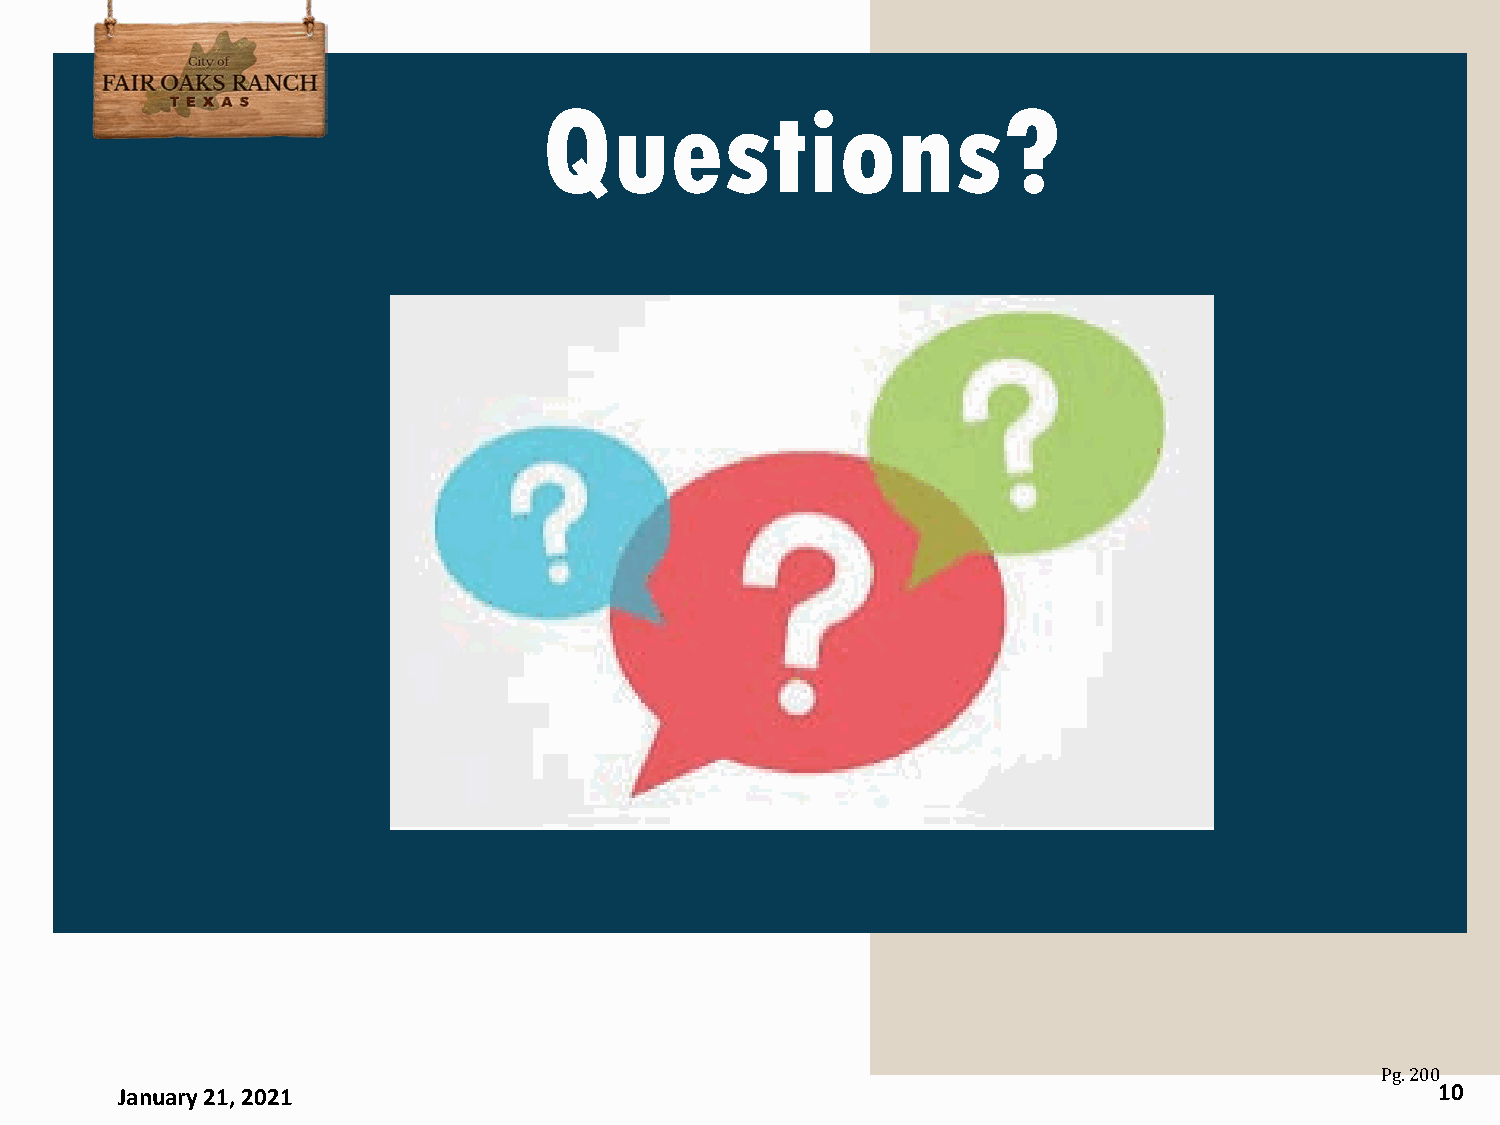
Questions?
 January 21, 2021                                                                       10
 Pg. 200